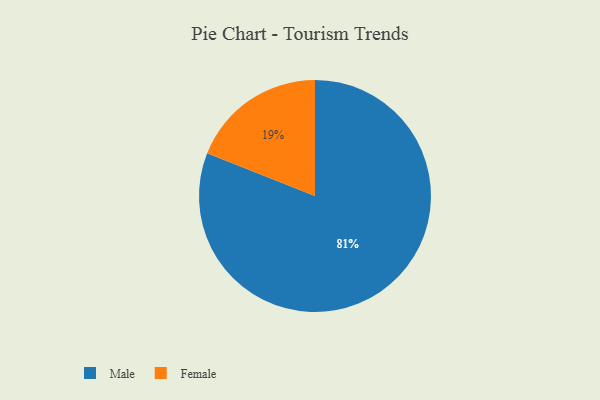
{"axis": {"x": "Category", "y": "Percentage"}, "legend": ["Female", "Male"], "data": [{"x": "Male", "y": 81, "type": "Male"}, {"x": "Female", "y": 19, "type": "Female"}]}